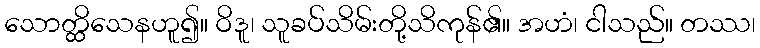
သောတ္ထိသေနဟူ၍။ ဝိဒူ၊ သူခပ်သိမ်းတို့သိကုန်၏။ အဟံ၊ ငါသည်။ တဿ၊